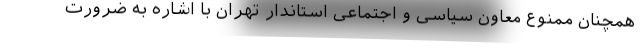
همچنان ممنوع معاون سیاسی و اجتماعی استاندار تهران با اشاره به ضرورت